Indian journal of veterinary science and animal husbandry - Volumes 24-25, 1954-1955
Year: 1954
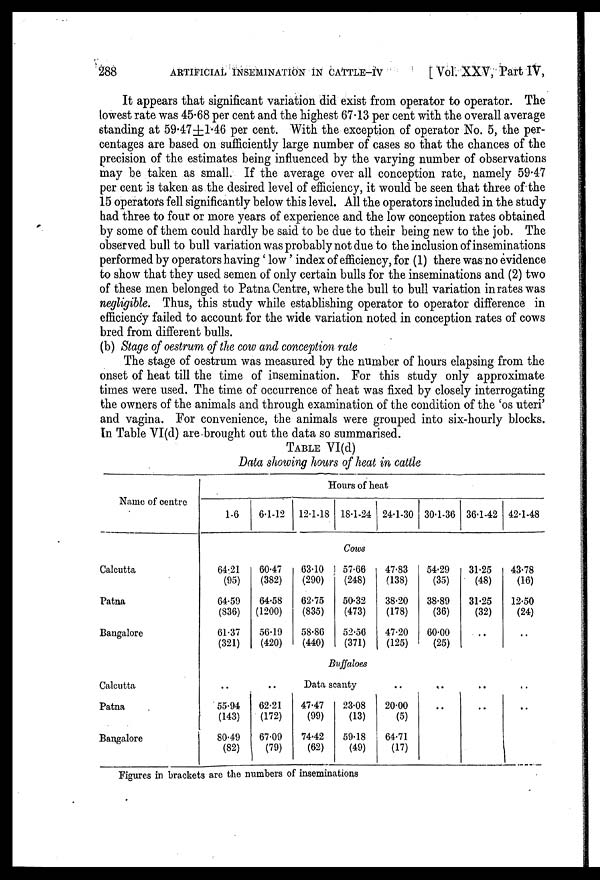
288
ARTIFICIAL INSEMINATION IN CATTLE-IV
[ Vol. XXV, Part IV,
It appears that significant variation did exist from operator to operator. The
lowest rate was 45.68 per cent and the highest 67.13 per cent with the overall average
standing at 59.47±1.46 per cent. With the exception of operator No. 5, the per-
centages are based on sufficiently large number of cases so that the chances of the
precision of the estimates being influenced by the varying number of observations
may be taken as small. If the average over all conception rate, namely 59.47
per cent is taken as the desired level of efficiency, it would be seen that three of the
15 operators fell significantly below this level. All the operators included in the study
had three to four or more years of experience and the low conception rates obtained
by some of them could hardly be said to be due to their being new to the job. The
observed bull to bull variation was probably not due to the inclusion of inseminations
performed by operators having 'low' index of efficiency, for (1) there was no evidence
to show that they used semen of only certain bulls for the inseminations and (2) two
of these men belonged to Patna Centre, where the bull to bull variation in rates was
negligible. Thus, this study while establishing operator to operator difference in
efficiency failed to account for the wide variation noted in conception rates of cows
bred from different bulls.
(b) Stage of oestrum of the cow and conception rate
The stage of oestrum was measured by the number of hours elapsing from the
onset of heat till the time of insemination. For this study only approximate
times were used. The time of occurrence of heat was fixed by closely interrogating
the owners of the animals and through examination of the condition of the 'os uteri'
and vagina. For convenience, the animals were grouped into six-hourly blocks.
In Table VI(d) are brought out the data so summarised.
TABLE VI(d)
Data showing hours of heat in cattle
Name of centre
Calcutta
Patna
Bangalore
Calcutta
Patna
Bangalore
1.6
64.21
(95)
64.59
(836)
61.37
(321)
..
55.94
(143)
80.49
(82)
6.1.12
60.47
(382)
64.58
(1200)
56.19
(420)
..
62.21
(172)
67.09
(79)
Hours of heat
12.1.18
63.10
(290)
62.75
(835)
58.86
(440)
18.1.24
Cows
57.66
(248)
50.32
(473)
52.56
(371)
Buffaloes
Data scanty
47.47
(99)
74.42
(62)
23.08
(13)
59.18
(49)
24.1.30
47.83
(138)
38.20
(178)
47.20
(125)
..
20.00
(5)
64.71
(17)
30.1.36
54.29
(35)
38.89
(36)
60.00
(25)
..
..
36.1.42
31.25
(48)
31.25
(32)
..
..
..
42.1.48
43.78
(16)
12.50
(24)
..
..
..
Figures in brackets are the numbers of inseminations